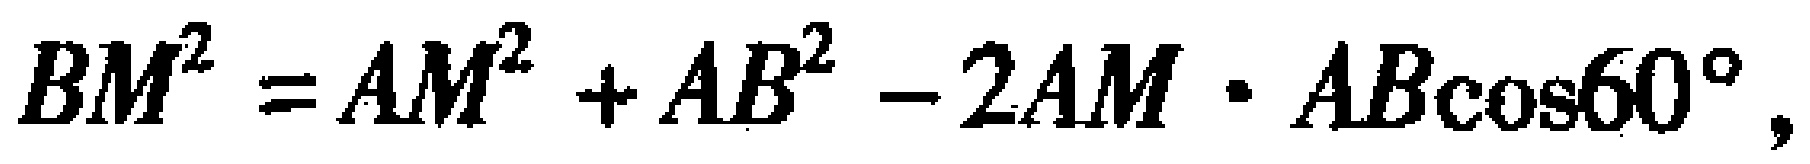
\[BM^{2}=AM^{2}+AB^{2}-2AM\cdot AB\cos60^{\circ},\]